Report on enteric fever
Disease focus: Fever
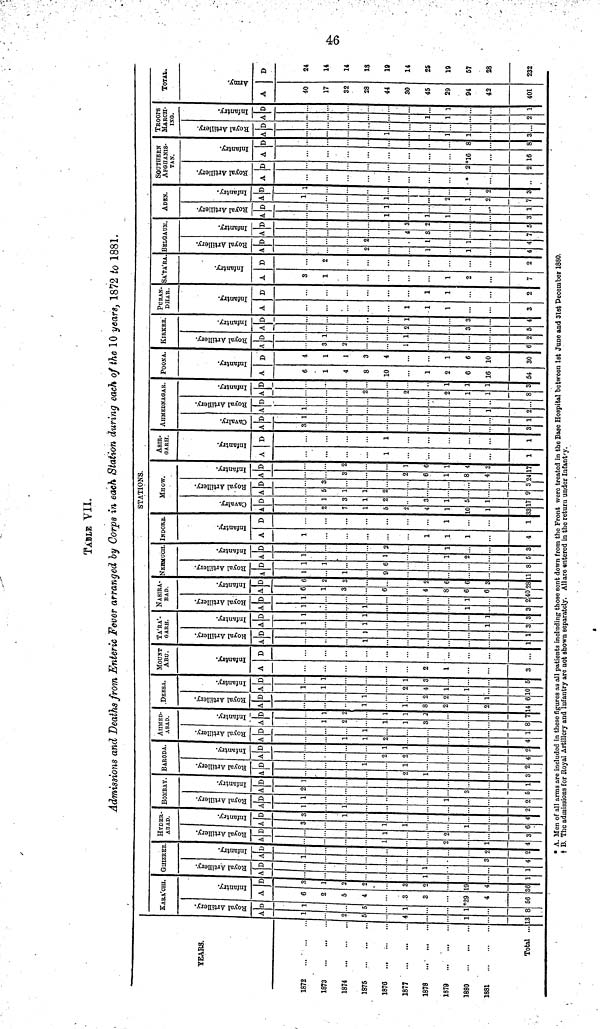
OÍ
TABLE
VII.
Admissions and Deaths from Enteric Fever arranged by Corps in each Station during each of the 10 years, 1872 to 1881.
YEARS.
1872
I
1873
f.
1874
.
1
1875
1
1876
.,
1..
1877
'
1878
1879
1880
1 1
1881
...
Total ...13
1
I
KARA'CHI.
GHIZRE
5 6 * J?
â S â 3
AD A D AD A|
1 6 3
1 .
2 1
5 2
5 4 2
1 3 3
... 3 2 1 1
1*29 19
... 4 4
3 2
8 56 36 1 1
2
S"
BOMBAV.
ery.
ery.
|
Artil
try.
Artil
c3
C
d
>>
d
t»
S 3 â
2
1
3
4
2
try.
§
M
A D
1
BARODA.
0)
<!
'd
o
P3
4|D
?, 1
2
ä
ñ
2 1
9 1
2
AlIllED-
ABAD.
u
Artil
d
>>
«
4. D
1
an
+
3 2
3 7
.DEESA.
lery.
i
1 ..
Q Q
?, 2
1 1
t 6
A
4
1
T
0
É
Ö
D
5
MOUNT
ABU.
A
2
1
3
D
...
TA'RA'-
QARII.
b
Artil
'd
!•»
L 1
A
1
1
3
6
D
]
3
NASIRA-
BAD.
A
1
3
é
<
g,
D
1
2
.An
tan
a
-H
4
fi
fi
4
S
6
fi
0
n
6
fi
8
NEBMUCH.
A
r)
1
È
<
>>
D
fi
8
A
1
1
?
5
6
y
G
•H
D
1
3
INDORE.
A
1
1
T
1
4
§
a
D
1
1
STATIONS
(
À.
c
<l
1
10
1
3
&
d
d
J
D
o
o
1
>)
1
17
MHOTÍ
A
o
9
lery.
g
•A
D A
O
fi
1
R
4
4
i
— (
D
1
fi
1
4
3
7
Asm*
GARH.
A
\
1
a
d
a
M
D
1
1
AHMEDNAOAR
1
â
K D
3 1
A
1
2
S?
<
A
t
?
1
1
8
é
g
-H
h
i
i
i
3
POONA.
A
4
g
10
0
16
54
§
G
-H
D
4
l
3
4
1
6
10
30
1
A
1
6
ÍIRKEE.
lery.
•ë
<
d
a?
D
1
1
2
A
5
&
G
—4
D
1
4
PORAN-
DHAR.
A
1
l
1
3
E?
g
G
—*
D
1
1
2
SA'TA'RA
A
3
1
1
2
7
S
±3
D
2
2
BELGAUM.
A
4
R
S
D
4
A
7
§
c
-H
D
5
ADBÎ«
&
(0
?
<î
d
>>
S
tí
â. I>
1
1
$ 1
A
1
?,
7
.
t
s
s
D
2
S
SOUTHERN
AFGHANIS-
TAN.
ery.
s-
<
"d
A D
?
2
p
s
A
16
16
D
8
8
TROOPS
MARCH-
ING.
;
(
A
1
3
î?
ï
<
1 o
1°A
1
1
2
S?
c
d
S
D
1
1
TOTAL.
An
A
40
17
32
28
44
30
45
29
94
42
401
D
24
14
14
18
10
14
25
19
57
23
232
. A. Men of all arms are included in these figures as all patients including those sent down from the Front were treated in the Base Hospital betweon 1st June and 31st Pecember 1880.
t B. The admissions for Royal Artillery and Infantry are not shown separately. All are «ntered in the return under Infantfy.